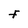
Character: F